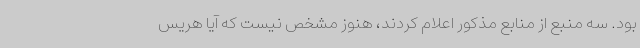
بود. سه منبع از منابع مذکور اعلام کردند، هنوز مشخص نیست که آیا هریس